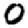
Digit: 0